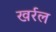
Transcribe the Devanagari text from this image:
खर्रल